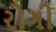
રોગી